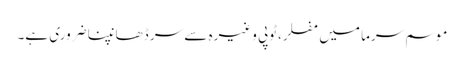
موسم سرما میں مفلر،ٹوپی وغیرہ سے سر ڈھانپنا ضروری ہے۔